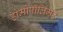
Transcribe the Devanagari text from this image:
होमोपॉलिमर